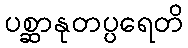
ပစ္ဆာနုတပ္ပရေတိ